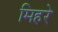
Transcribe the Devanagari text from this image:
मिहरे